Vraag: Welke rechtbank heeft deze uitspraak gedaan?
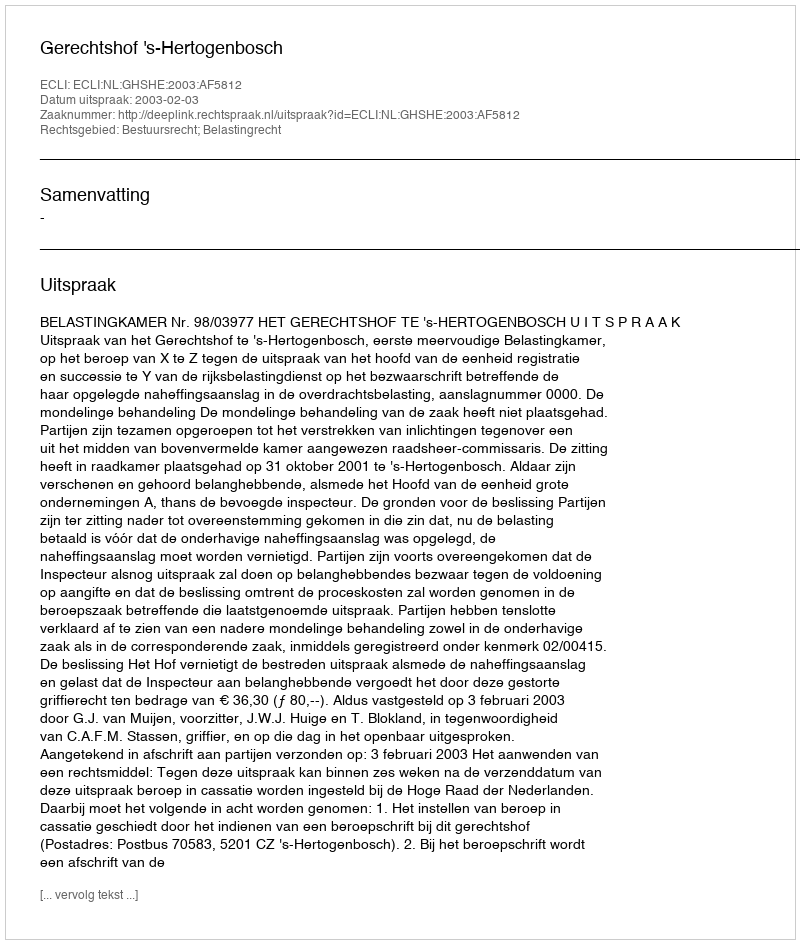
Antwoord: Gerechtshof 's-Hertogenbosch